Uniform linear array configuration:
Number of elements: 4
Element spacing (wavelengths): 0.75
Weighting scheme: hamming
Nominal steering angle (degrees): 30
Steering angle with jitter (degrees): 31.597
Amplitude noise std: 0.05
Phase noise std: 0.05

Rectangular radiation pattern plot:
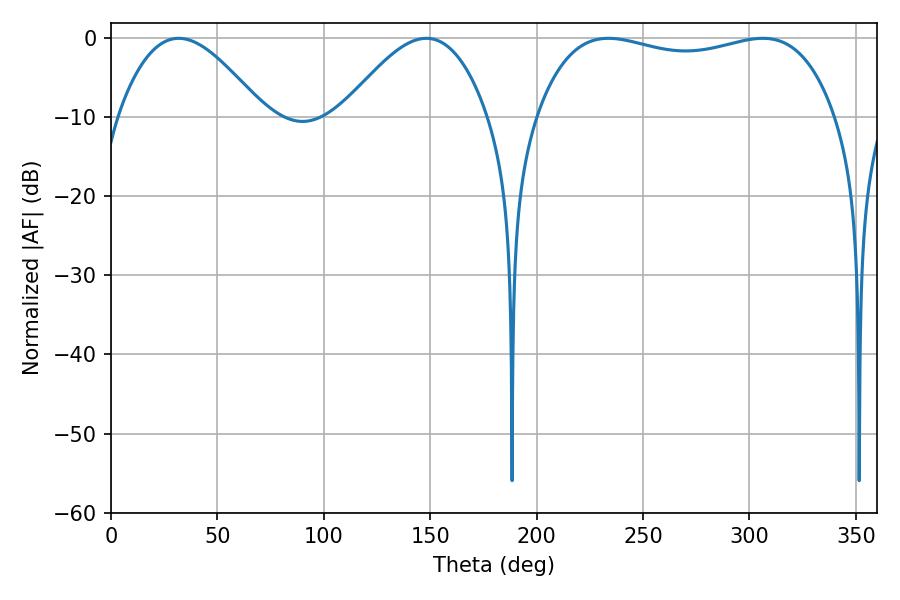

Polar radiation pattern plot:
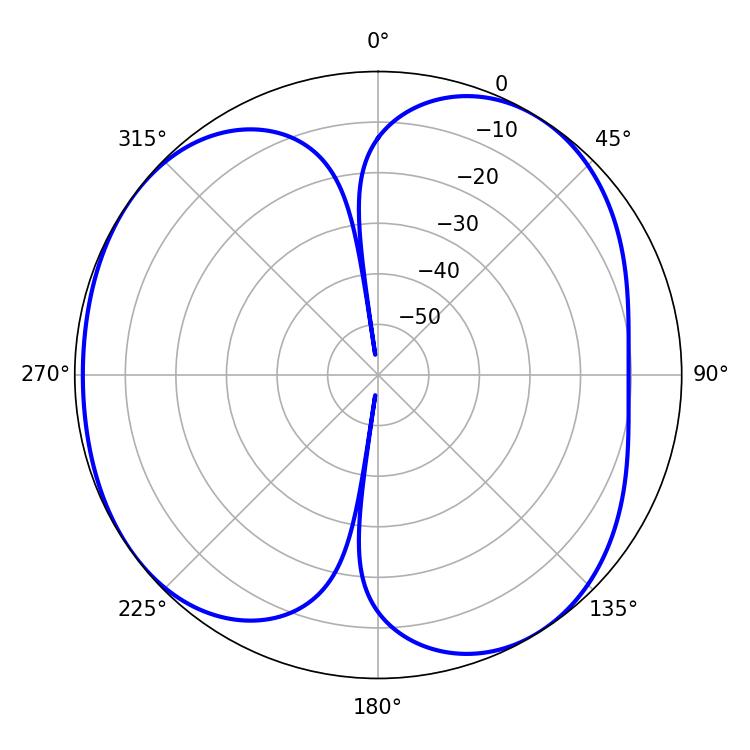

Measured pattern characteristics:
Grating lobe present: TRUE
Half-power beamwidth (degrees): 36.9
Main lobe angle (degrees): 31.86